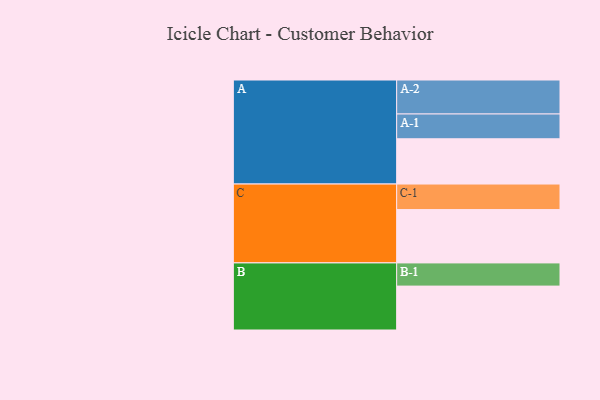
{"axis": {"x": "Segment", "y": "Value"}, "legend": ["", "A", "B", "C"], "data": [{"x": "A", "y": 365, "type": ""}, {"x": "B", "y": 354, "type": ""}, {"x": "C", "y": 430, "type": ""}, {"x": "A-1", "y": 200, "type": "A"}, {"x": "A-2", "y": 274, "type": "A"}, {"x": "B-1", "y": 187, "type": "B"}, {"x": "C-1", "y": 206, "type": "C"}]}